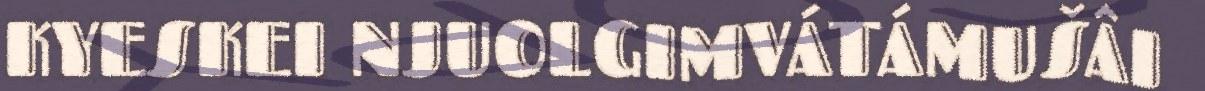
KYESKEI NJUOLGIMVÁTÁMUŠÂI